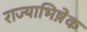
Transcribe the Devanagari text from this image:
राज्याभिषे़क